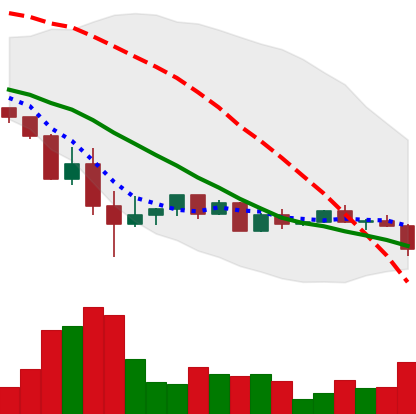
Ticker: ETH-USD
Chart end date: 2022-05-26
Forward return: 7.673%
Label: up_7plus